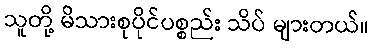
သူတို့ မိသားစုပိုင်ပစ္စည်း သိပ် များတယ်။